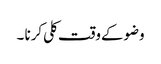
وضوکےوقت کلی کرنا ۔